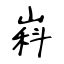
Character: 嵙